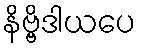
နိဗ္ဗိဒါယပေ